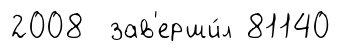
2008 зав'ерши́л 81140